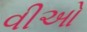
વીઓ